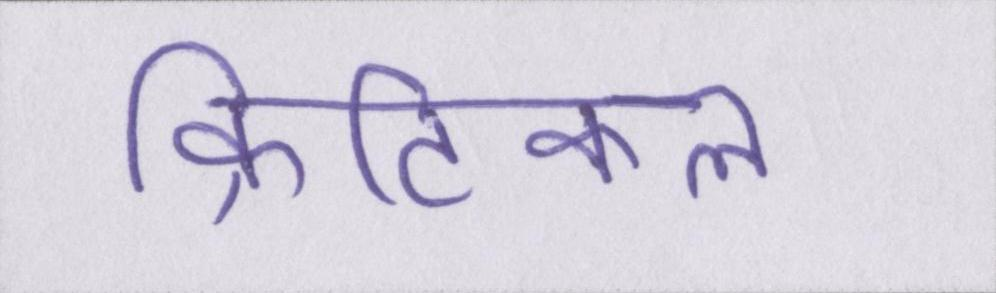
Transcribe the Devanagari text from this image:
क्रिटिकल